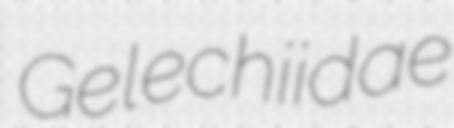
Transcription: Gelechiidae